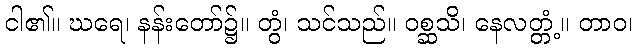
ငါ၏။ ဃရေ၊ နန်းတော်၌။ တွံ၊ သင်သည်။ ဝစ္ဆသိ၊ နေလတ္တံ့။ တာဝ၊